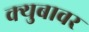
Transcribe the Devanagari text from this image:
क्युबावर